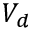
V _ { d }